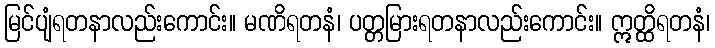
မြင်ပျံရတနာလည်းကောင်း။ မဏိရတနံ၊ ပတ္တမြားရတနာလည်းကောင်း။ ဣတ္ထိရတနံ၊